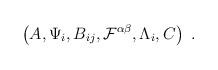
LaTeX: \begin{align*}\left( A, \Psi_i, B_{ij}, {\cal F}^{\alpha\beta}, \Lambda_i, C \right) \ .\end{align*}